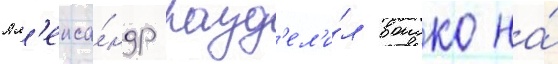
Ал'екса́ндр разд'ел'и́л воиско на́